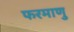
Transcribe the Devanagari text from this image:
फरमाणु